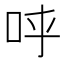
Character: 𠰜